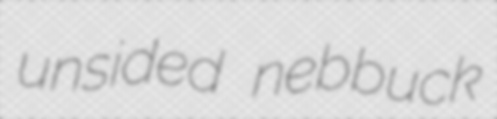
unsided nebbuck